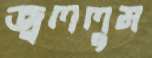
জ্বললুম